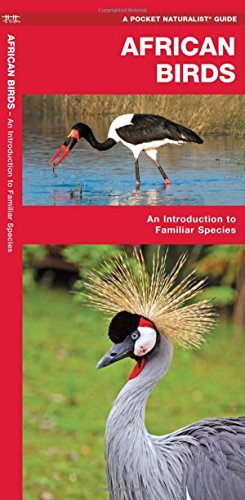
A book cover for African Birds: A Folding Pocket Guide to Familiar Species (Pocket Naturalist Guide Series); James Kavanagh; Travel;